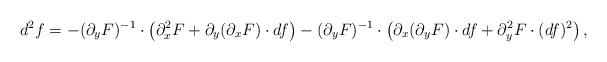
LaTeX: \begin{align*}d^2f=-(\partial_yF)^{-1}\cdot \left(\partial_x^2F+\partial_y(\partial_xF)\cdot df\right)-(\partial_yF)^{-1}\cdot\left( \partial_x(\partial_yF)\cdot df+\partial_y^2F\cdot (df)^2\right),\end{align*}